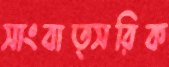
সাংবাত্সরিক